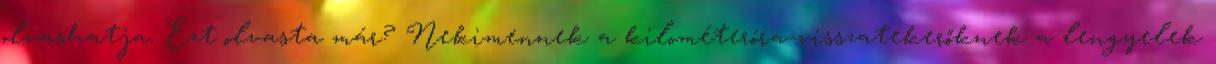
olvashatja: Ezt olvasta már? Nekimennek a kilométeróra-visszatekerőknek a lengyelek